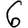
Digit: 6